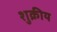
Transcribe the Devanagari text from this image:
शुक्रीय